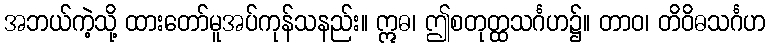
အဘယ်ကဲ့သို့ ထားတော်မူအပ်ကုန်သနည်း။ ဣဓ၊ ဤစတုတ္ထသင်္ဂဟ၌။ တာဝ၊ တိဝိဓသင်္ဂဟ